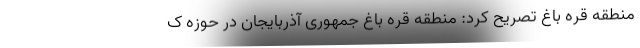
منطقه قره باغ تصریح کرد: منطقه قره باغ جمهوری آذربایجان در حوزه ک